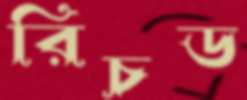
রিচড